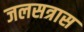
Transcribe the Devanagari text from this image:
जलसत्रास